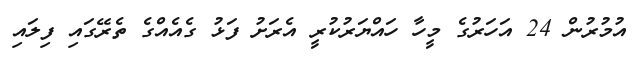
އުމުރުން 24 އަހަރުގެ މީހާ ހައްޔަރުކުރީ އެރަށު ފަޅު ގެއެއްގެ ތެރޭގައި ފިލައި